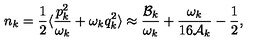
n _ { k } = \frac { 1 } { 2 } \langle \frac { p _ { k } ^ { 2 } } { \omega _ { k } } + \omega _ { k } q _ { k } ^ { 2 } \rangle \approx \frac { { \cal B } _ { k } } { \omega _ { k } } + \frac { \omega _ { k } } { 1 6 { \cal A } _ { k } } - \frac { 1 } { 2 } ,